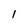
Character: l